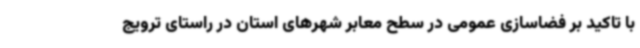
با تاکید بر فضاسازی عمومی در سطح معابر شهرهای استان در راستای ترویج